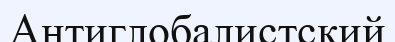
Антиглобалистский